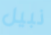
نبيل